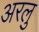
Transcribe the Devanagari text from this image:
अरलु